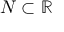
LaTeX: N \subset \mathbb { R }